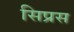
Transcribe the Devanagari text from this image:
सिप्रस